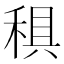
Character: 𥟭